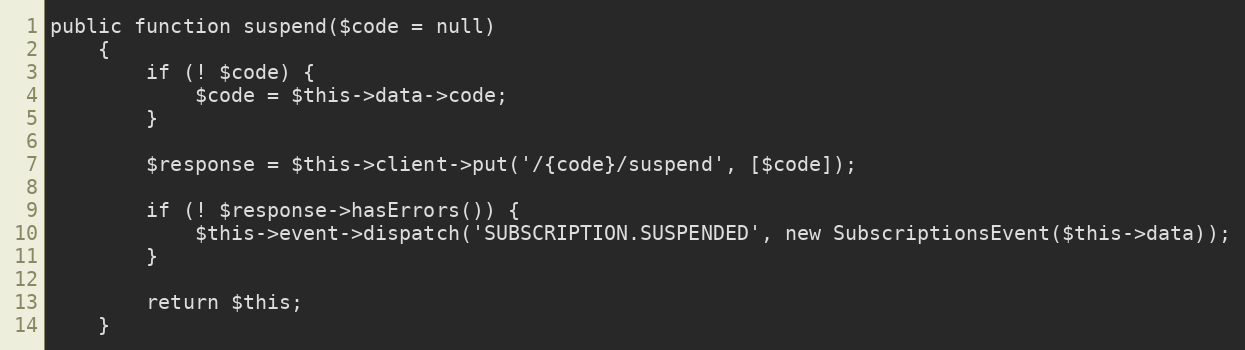
Language: PHP
public function suspend($code = null)
    {
        if (! $code) {
            $code = $this->data->code;
        }

        $response = $this->client->put('/{code}/suspend', [$code]);

        if (! $response->hasErrors()) {
            $this->event->dispatch('SUBSCRIPTION.SUSPENDED', new SubscriptionsEvent($this->data));
        }

        return $this;
    }